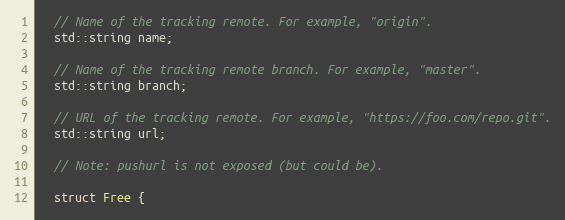
Language: C
  // Name of the tracking remote. For example, "origin".
  std::string name;

  // Name of the tracking remote branch. For example, "master".
  std::string branch;

  // URL of the tracking remote. For example, "https://foo.com/repo.git".
  std::string url;

  // Note: pushurl is not exposed (but could be).

  struct Free {